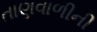
તાણવાળીની